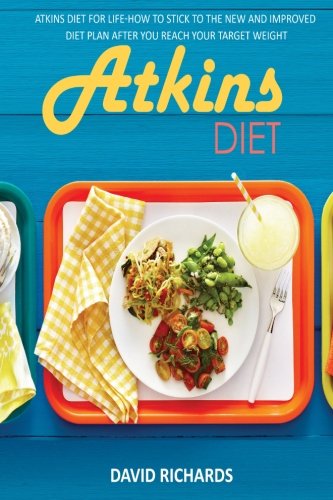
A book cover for Atkins Diet: Atkins Diet For Life-How To Stick To The New And Improved Diet Plan After You Reach Your Target Weight (Atkins Diet, Atkins Diet Recipes, ... Diet, Diet Plans, Low Carb Diet) (Volume 7); David Richards; Cookbooks, Food & Wine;